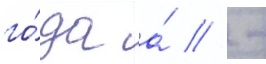
го́да а́ // -